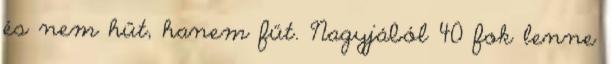
és nem hűt, hanem fűt. Nagyjából 40 fok lenne